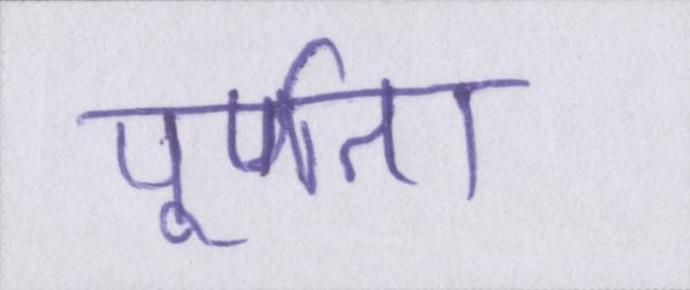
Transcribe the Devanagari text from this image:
पूर्णता